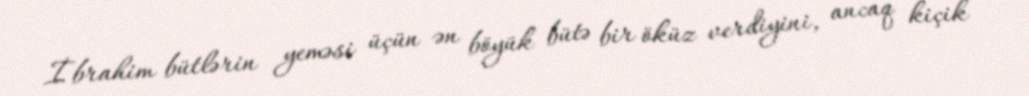
İbrahim bütlərin yeməsi üçün ən böyük bütə bir öküz verdiyini, ancaq kiçik